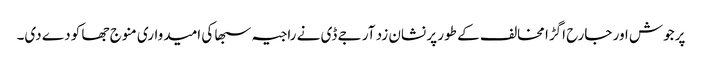
پرجوش اور جارح اگڑا مخالف کے طور پر نشان زد آر جے ڈی نے راجیہ سبھا کی امیدواری منوج جھا کو دے دی۔